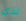
لدي